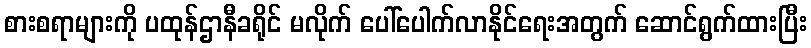
စားစရာများကို ပထုန်ဌာနီခရိုင် မလိုက် ပေါ်ပေါက်လာနိုင်ရေးအတွက် ဆောင်ရွက်ထားပြီး